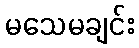
မသေမချင်း